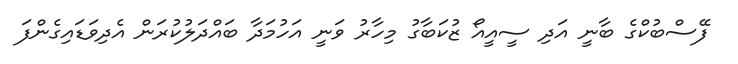
ފޭސްބުކްގެ ބާނީ އަދި ސީއީއޯ ޒުކަބާގު މިހާރު ވަނީ އަހުމަދާ ބައްދަލުކުރަން އެދިވަޑައިގެންފަ